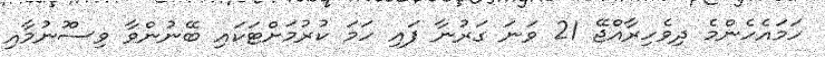
ހަމައެހެންމެ ދިވެހިރާއްޖޭ 21 ވަަނަ ގަރުނާ ފައި ހަމަ ކުރުމަށްޓަކައި ބޭނުންވާ ވިސްުނުމާއި